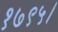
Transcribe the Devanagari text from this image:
१७९५।